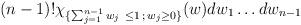
LaTeX: \begin{align*} (n-1)! \chi_{\{\sum_{j=1}^{n-1}w_j\ \le 1 \, ; \, w_j \ge 0\}} (w) dw_1 \dots dw_{n-1}\end{align*}